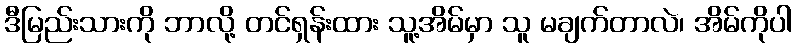
ဒီမြည်းသားကို ဘာလို့ တင်ရှန်းထား သူ့အိမ်မှာ သူ မချက်တာလဲ၊ အိမ်ကိုပါ